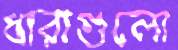
ধারাগুলো